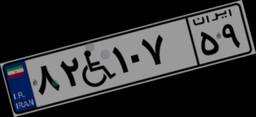
۸۲W۱۰۷۵۹